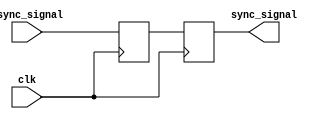
module dual_flip_flop_synchronizer (
    input wire async_signal,  // Input signal from the asynchronous clock domain
    input wire clk,           // Clock signal of the destination clock domain
    output reg sync_signal    // Synchronized output signal
);

    // Internal signals to hold the output of the first flip-flop
    reg q1;

    // First flip-flop to sample the asynchronous signal
    always @(posedge clk) begin
        q1 <= async_signal;   // Sample async_signal on the rising edge of clk
    end

    // Second flip-flop to further synchronize the signal
    always @(posedge clk) begin
        sync_signal <= q1;    // Sample q1 on the rising edge of clk
    end

endmodule